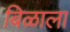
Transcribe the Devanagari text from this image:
बिळाला